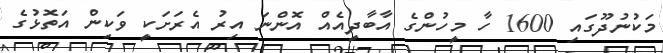
މަކުނުދޫގައި 1600 ހާ މީހުންގެ އާބާދީއެއް އޮންނަ އިރު އެރަށަކީ ވަކިން އަތޮޅުގެ